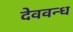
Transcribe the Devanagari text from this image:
देववन्ध